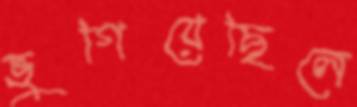
ভুগিয়েছিলে